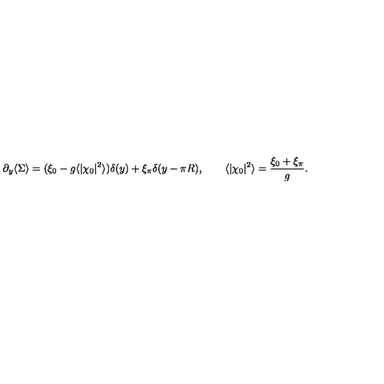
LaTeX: \partial _ { y } \langle \Sigma \rangle = ( \xi _ { 0 } - g \langle | \chi _ { 0 } | ^ { 2 } \rangle ) \delta ( y ) + \xi _ { \pi } \delta ( y - \pi R ) , \qquad \langle | \chi _ { 0 } | ^ { 2 } \rangle = { \frac { \xi _ { 0 } + \xi _ { \pi } } { g } } .